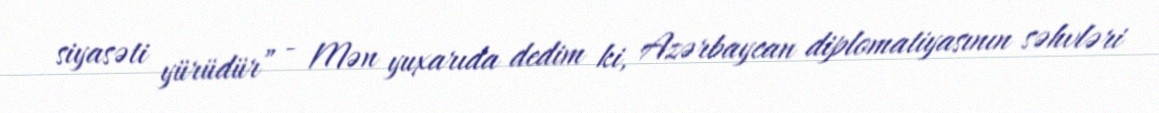
siyasəti yürüdür” - Mən yuxarıda dedim ki, Azərbaycan diplomatiyasının səhvləri